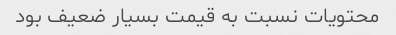
محتویات نسبت به قیمت بسیار ضعیف بود